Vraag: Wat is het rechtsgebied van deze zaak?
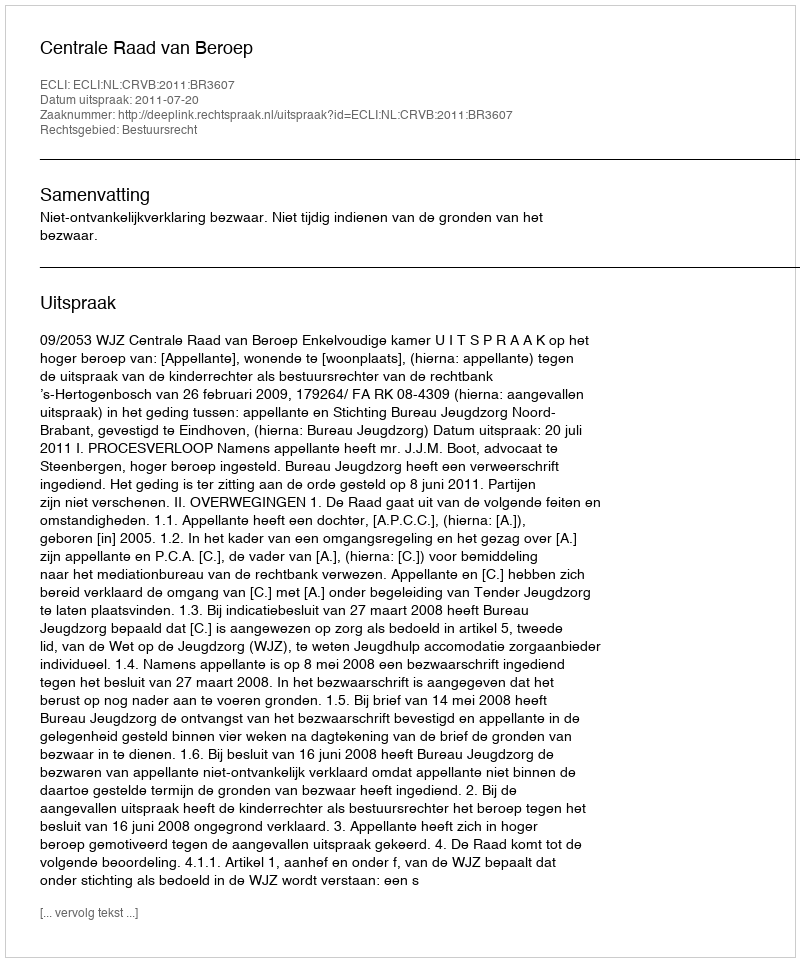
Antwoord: Bestuursrecht